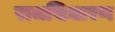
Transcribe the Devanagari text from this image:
राजसिधारण